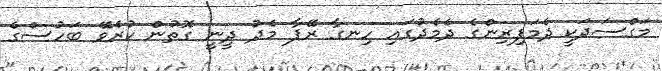
މަގްސަދަކީ ދެމަފިރިންގެ ދެމެދުގައި ހިނގާ ރޭޕާ މެދު ދީނީ ގޮތުން ކުރެވޭ ބަހުސްގެ